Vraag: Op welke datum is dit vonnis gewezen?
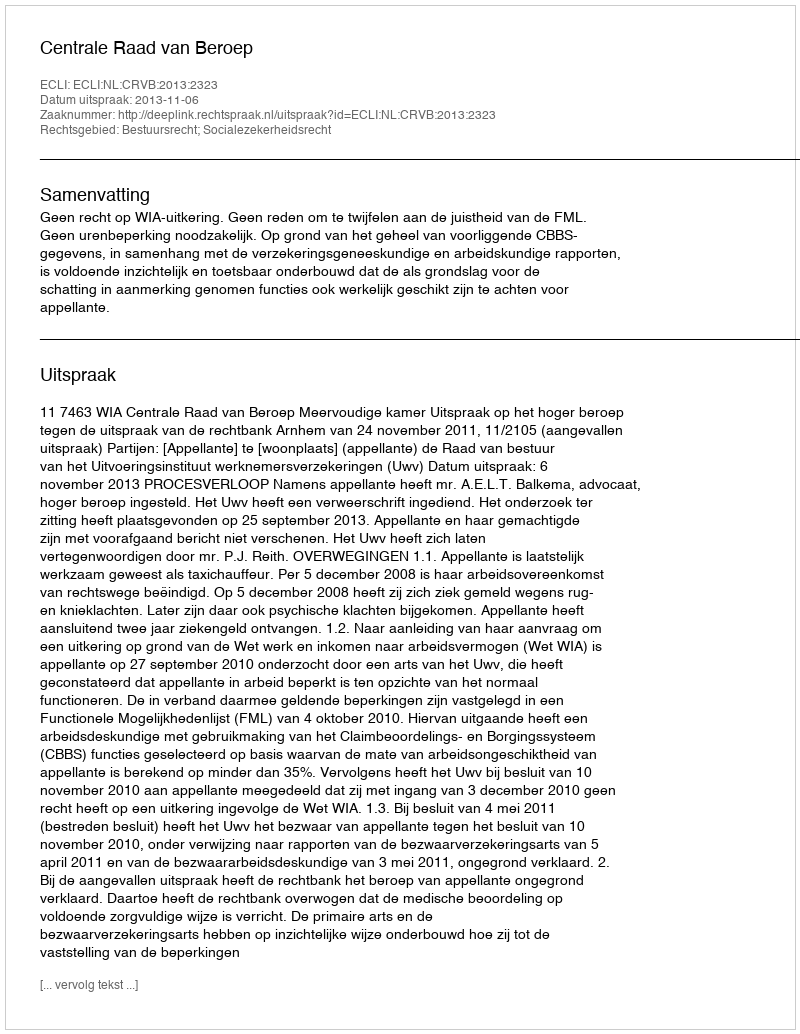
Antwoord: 2013-11-06